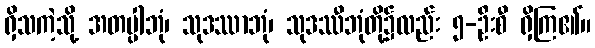
ရှိသကဲ့သို့ အတပ္ပါဘုံ၊ သုဒဿာဘုံ၊ သုဒဿီဘုံတို့၌လည်း ၅-ဦးစီ ရှိကြ၏။